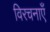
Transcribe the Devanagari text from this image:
विरचनाएँ